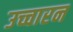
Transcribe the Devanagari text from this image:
उच्चारन